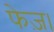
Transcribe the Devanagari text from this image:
फेज़।